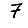
Digit: 7